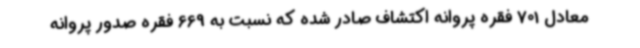
معادل 701 فقره پروانه اکتشاف صادر شده که نسبت به 669 فقره صدور پروانه